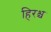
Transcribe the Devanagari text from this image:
हिरश्च